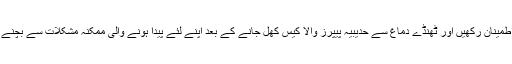
شہباز شریف لہٰذا اطمینان رکھیں اور ٹھنڈے دماغ سے حدیبیہ پیپرز والا کیس کھل جانے کے بعد اپنے لئے پیدا ہونے والی ممکنہ مشکلات سے بچنے کی تدابیر سوچیں۔